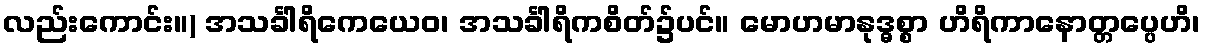
လည်းကောင်း။) အသင်္ခါရိကေယေဝ၊ အသင်္ခါရိကစိတ်၌ပင်။ မောဟမာနုဒ္ဓစ္စာ ဟိရိကာနောတ္တပ္ပေဟိ၊